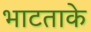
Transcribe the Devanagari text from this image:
भाटताके